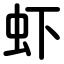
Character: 虾